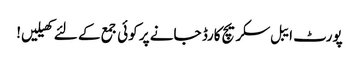
پورٹ ایبل سکریچ کارڈ جانے پر کوئی جمع کے لئے کھیلیں!